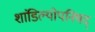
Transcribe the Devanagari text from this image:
शांडिल्योपनिषद्